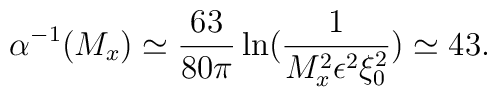
\alpha ^{-1}(M_{x})\simeq \frac{63}{80\pi }\ln (\frac{1}{M_{x}^{2}\epsilon^{2}\xi _{0}^{2}})\simeq 43.